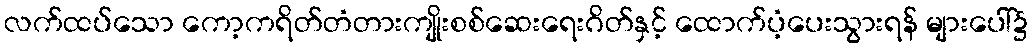
လက်ထပ်သော ကော့ကရိတ်တံတားကျိုးစစ်ဆေးရေးဂိတ်နှင့် ထောက်ပံ့ပေးသွားရန် များပေါ်၌